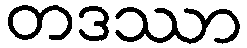
တဒဿာ